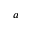
a